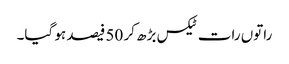
راتوں رات ٹیکس بڑھ کر 50 فیصد ہو گیا۔